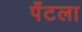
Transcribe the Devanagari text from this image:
पँटला